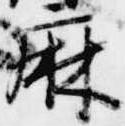
麻